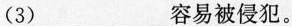
(3)___容易被侵犯。